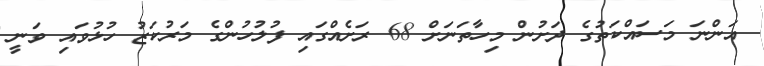
އަންނަ މަސައްކަތުގެ ދަށުން މިހާތަނަށް 68 ރަށެއްގައި ފުލުހުންގެ މަރުކަޒު ހުޅުވައި ވަނީ